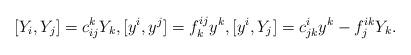
LaTeX: \begin{align*}[Y_i,Y_j]= c^k_{ij}Y_k, [y^i,y^j]= f^{ij}_k y^k, [y^i,Y_j]= c^i_{jk}y^k- f^{ik}_j Y_k. \, \end{align*}